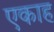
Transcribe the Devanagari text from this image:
एकाह